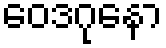
ဝေဒဂုနော